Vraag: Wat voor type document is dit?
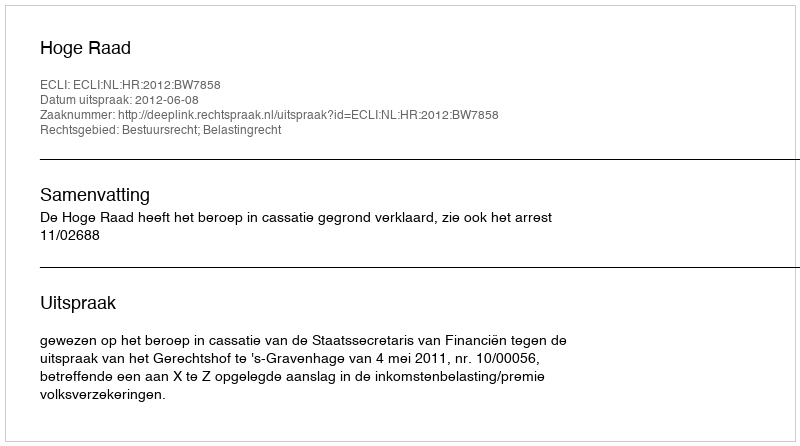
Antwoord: Uitspraak